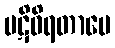
ပဋိဝိရတာပေ